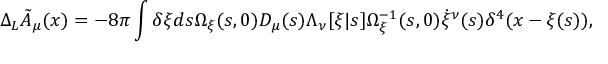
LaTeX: \Delta _ { L } { \tilde { A } } _ { \mu } ( x ) = - 8 \pi \int \delta \xi d s \Omega _ { \xi } ( s , 0 ) { \cal D } _ { \mu } ( s ) \Lambda _ { \nu } [ \xi | s ] \Omega _ { \xi } ^ { - 1 } ( s , 0 ) \dot { \xi } ^ { \nu } ( s ) \delta ^ { 4 } ( x - \xi ( s ) ) ,